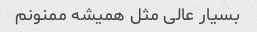
بسیار عالی مثل همیشه ممنونم